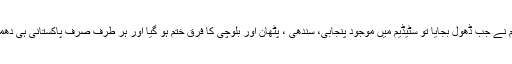
فریاد ہمایوں کی ٹیم نے جب ڈھول بجایا تو سٹیڈیم میں موجود پنجابی، سندھی ، پٹھان اور بلوچی کا فرق ختم ہو گیا اور ہر طرف صرف پاکستانی ہی دھمال ڈالتے نظر آئے۔